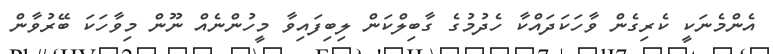
އެންމެނަކީ ކެރިގެން ވާހަކަދައްކާ ހެދުމުގެ ގާބިލްކަން ލިބިފައިވާ މީހުންނެއް ނޫން މިވާހަކަ ބޭރުވާން